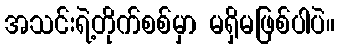
အသင်းရဲ့တိုက်စစ်မှာ မရှိမဖြစ်ပါပဲ။